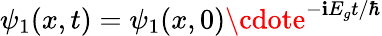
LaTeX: \psi_{1}(x,t)=\psi_{1}(x,0)\cdote^{-\mathbf{i}E_{g}t/\hbar}